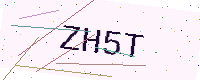
Text: ZH5T